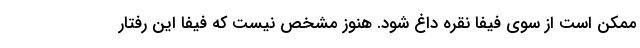
ممکن است از سوی فیفا نقره داغ شود. هنوز مشخص نیست که فیفا این رفتار